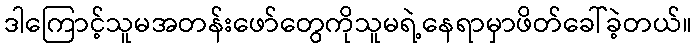
ဒါကြောင့်သူမအတန်းဖော်တွေကိုသူမရဲ့နေရာမှာဖိတ်ခေါ်ခဲ့တယ်။